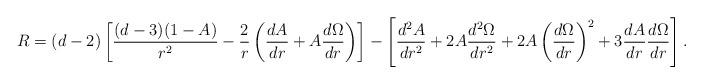
LaTeX: \begin{align*}R=(d-2)\left[\frac{(d-3)(1-A)}{r^2}-\frac{2}{r}\left(\frac{dA}{dr}+A\frac{d\Omega}{dr}\right)\right]-\left[\frac{d^2A}{dr^2}+2A\frac{d^2\Omega}{dr^2}+2A\left(\frac{d\Omega}{dr}\right)^2+3\frac{dA}{dr}\frac{d\Omega}{dr}\right].\end{align*}